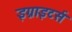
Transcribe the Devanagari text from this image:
इग्नाइटर्स